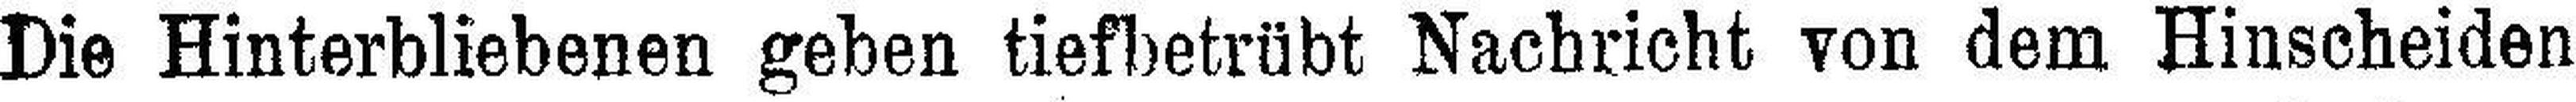
Die Hinterbliebenen geben tiefbetrübt Nachricht von dem Hinscheiden